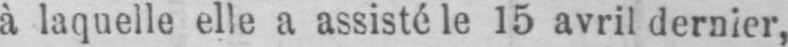
à laquelle elle a assisté le 15 avril dernier,